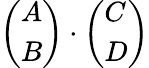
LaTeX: \left(\begin{array}{l}{A}\\ {B}\end{array}\right)\cdot\left(\begin{array}{l}{C}\\ {D}\end{array}\right)